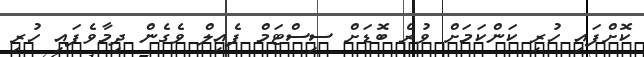
ކޮށްފައި ހުރި ކަންކަމަށް ވުރެ ބޮޑަށް ސިސްޓަމް ފެއިލް ވެގެން ދިމާވެފައި ހުރި